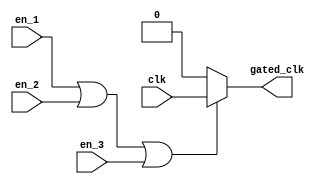
module clock_gating (
    input wire clk,            // Main clock signal
    input wire en_1,          // First enable signal
    input wire en_2,          // Second enable signal
    input wire en_3,          // Third enable signal
    // Add more enable signals as needed
    output wire gated_clk      // Gated clock output
);

    // Internal signal for OR result of enable signals
    wire or_result;

    // OR gate to combine the enable signals
    assign or_result = en_1 | en_2 | en_3; // Add more enable signals as needed

    // Gated clock logic
    assign gated_clk = or_result ? clk : 1'b0; // If any enable is high, gated_clk is clk, else it's 0

endmodule